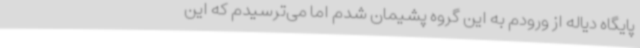
پایگاه دیاله از ورودم به این گروه پشیمان شدم اما می‌ترسیدم که این